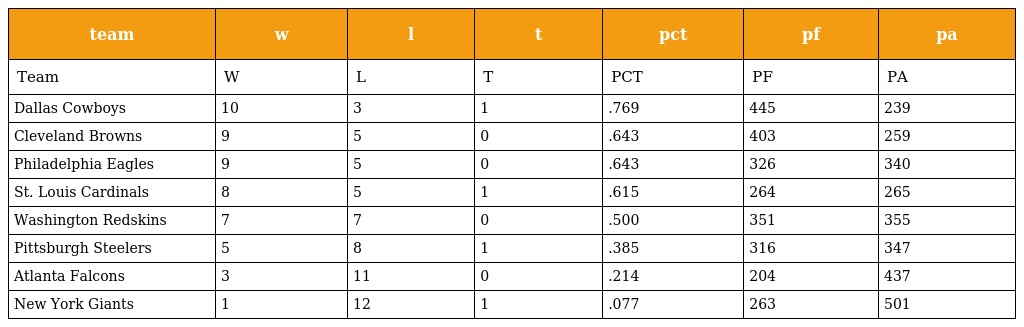
| team | w | l | t | pct | pf | pa |
 | --- | --- | --- | --- | --- | --- | --- |
 | Team | W | L | T | PCT | PF | PA |
 | Dallas Cowboys | 10 | 3 | 1 | .769 | 445 | 239 |
 | Cleveland Browns | 9 | 5 | 0 | .643 | 403 | 259 |
 | Philadelphia Eagles | 9 | 5 | 0 | .643 | 326 | 340 |
 | St. Louis Cardinals | 8 | 5 | 1 | .615 | 264 | 265 |
 | Washington Redskins | 7 | 7 | 0 | .500 | 351 | 355 |
 | Pittsburgh Steelers | 5 | 8 | 1 | .385 | 316 | 347 |
 | Atlanta Falcons | 3 | 11 | 0 | .214 | 204 | 437 |
 | New York Giants | 1 | 12 | 1 | .077 | 263 | 501 |